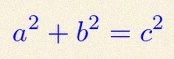
a^2+b^2=c^2